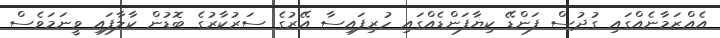
އެއްޒަމާނެއްގައި ގުދުސް ފަންޑޭ ކިޔާފަންޑެއްގައި ހުރިފައިސާ އޭރުގެ ސަރުކާރުގެ ބޮޑުން ކާލާފައި ވީނަމަވެސް